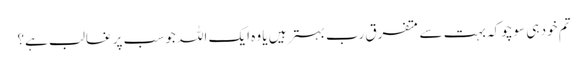
تم خود ہی سوچو کہ بہت سے متفرق رب بہتر ہیں یا وہ ایک اللہ جو سب پر غالب ہے؟